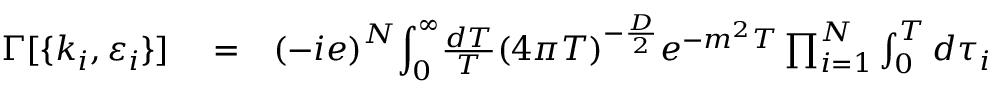
\begin{array} { r l r } { \Gamma [ \lbrace k _ { i } , \varepsilon _ { i } \rbrace ] } & { { } = } & { { ( - i e ) } ^ { N } { \displaystyle \int _ { 0 } ^ { \infty } } { \frac { d T } { T } } { ( 4 \pi T ) } ^ { - { \frac { D } { 2 } } } e ^ { - m ^ { 2 } T } \prod _ { i = 1 } ^ { N } \int _ { 0 } ^ { T } d \tau _ { i } } \end{array}